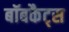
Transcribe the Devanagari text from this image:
बॉबकैट्स